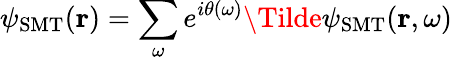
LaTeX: \psi_{\mathrm{SMT}}({\mathbf r})=\sum_{\omega}e^{i\theta(\omega)}\Tilde{\psi}_{\mathrm{SMT}}(\textbf{r},\omega)